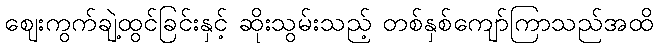
ဈေးကွက်ချဲ့ထွင်ခြင်းနှင့် ဆိုးသွမ်းသည့် တစ်နှစ်ကျော်ကြာသည်အထိ